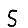
Digit: 5